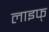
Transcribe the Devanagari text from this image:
लाइफ्